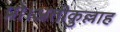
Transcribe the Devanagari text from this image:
प्रो।अतीक़ुल्लाह